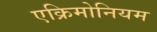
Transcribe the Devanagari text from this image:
एक्रिमोनियम